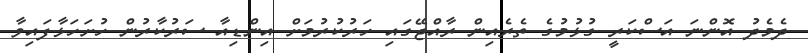
ދެމެދު އޮންނަ އަސްކަރީ ގުޅުމުގެ ތެރެއިން ރާއްޖޭގައި ހަރުކުރުމަށް އިންޑިއާ ސަރުކާރުން ހުށަހަޅާފައިވާ